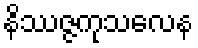
နိဿဇ္ဇကုသလေန